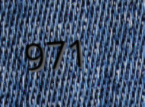
971